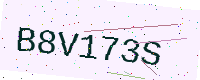
Text: B8V173S